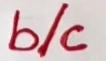
b/c